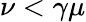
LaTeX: \nu<\gamma\mu